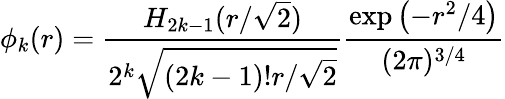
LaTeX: \phi_{k}(r)=\frac{H_{2k-1}(r/\sqrt{2})}{2^{k}\sqrt{(2k-1)!r/\sqrt{2}}}\frac{\exp\left(-r^{2}/4\right)}{(2\pi)^{3/4}}